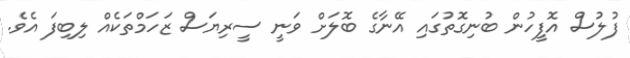
ފުލުސް އޮފީހުން ބުނިގޮތުގައި އޭނާގެ ބޮލަށް ވަނީ ސީރިޔަސް ޒަހަމްތަކެއް ލިބިފަ އެވެ.